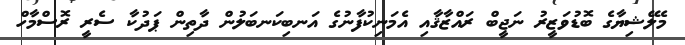
މެލޭޝިޔާގެ ބޮޑުވަޒީރު ނަޖީބް ރައްޒާޤާއި އެމަނިކުފާނުގެ އަނބިކަނބަލުން ދާތިން ޕަދުކާ ސެރީ ރޮސްމާހް